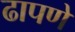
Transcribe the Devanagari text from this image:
ढापणे